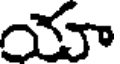
యా